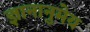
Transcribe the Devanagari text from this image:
ज्ञानानुमेय